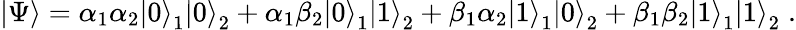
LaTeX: \left|\Psi\right\rangle=\alpha_{1}\alpha_{2}\left|0\right\rangle_{1}\left|0\right\rangle_{2}+\alpha_{1}\beta_{2}\left|0\right\rangle_{1}\left|1\right\rangle_{2}+\beta_{1}\alpha_{2}\left|1\right\rangle_{1}\left|0\right\rangle_{2}+\beta_{1}\beta_{2}\left|1\right\rangle_{1}\left|1\right\rangle_{2}\; .